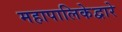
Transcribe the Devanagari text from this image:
महापालिकेद्वारे